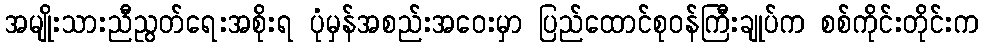
အမျိုးသားညီညွတ်ရေးအစိုးရ ပုံမှန်အစည်းအဝေးမှာ ပြည်ထောင်စုဝန်ကြီးချုပ်က စစ်ကိုင်းတိုင်းက